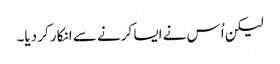
لیکن اُس نے ایسا کرنے سے انکار کر دیا۔